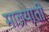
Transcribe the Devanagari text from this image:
मालयाती